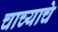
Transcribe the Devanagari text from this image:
चाच्याचे